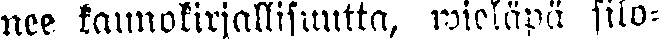
nee kaunokirjallisuutta, wieläpä filo-